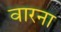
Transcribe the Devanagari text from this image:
वारना